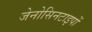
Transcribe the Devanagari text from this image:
जेनोसिनटाइपों